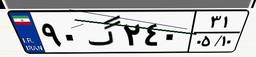
۳۷گ۴۲۹۲۷